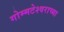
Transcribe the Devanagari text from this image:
गोम्मटेश्वराच्या